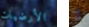
الأرضيات لا